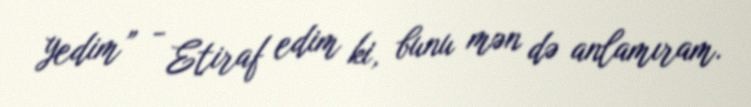
yedim” - Etiraf edim ki, bunu mən də anlamıram.